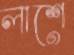
লাশে